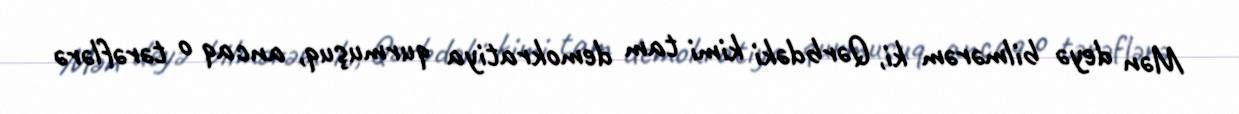
Mən deyə bilmərəm ki, Qərbdəki kimi tam demokratiya qurmuşuq, ancaq o tərəflərə